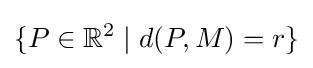
\{P\in \mathbb {R} ^{2}\mid d(P,M)=r\}